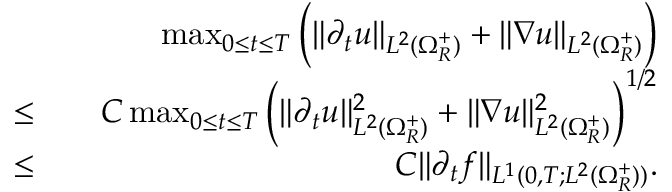
\begin{array} { r l r } & { } & { \operatorname* { m a x } _ { 0 \leq t \leq T } \Big ( \| \partial _ { t } u \| _ { L ^ { 2 } ( \Omega _ { R } ^ { + } ) } + \| \nabla u \| _ { L ^ { 2 } ( \Omega _ { R } ^ { + } ) } \Big ) } \\ { \leq } & { } & { C \operatorname* { m a x } _ { 0 \leq t \leq T } \Big ( \| \partial _ { t } u \| _ { L ^ { 2 } ( \Omega _ { R } ^ { + } ) } ^ { 2 } + \| \nabla u \| _ { L ^ { 2 } ( \Omega _ { R } ^ { + } ) } ^ { 2 } \Big ) ^ { 1 / 2 } } \\ { \leq } & { } & { C \| \partial _ { t } f \| _ { L ^ { 1 } ( 0 , T ; L ^ { 2 } ( \Omega _ { R } ^ { + } ) ) } . } \end{array}